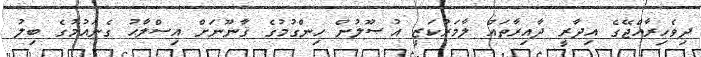
ދިވެހިރާއްޖޭގެ އިދާރީ ދާއިރާތައް ލާމަރުކަޒީ އުޞޫލުން ހިންގުމުގެ ޤާނޫނަށް އިސްލާޙު ގެނައުމުގެ ބިލު